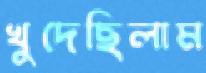
খুদেছিলাম